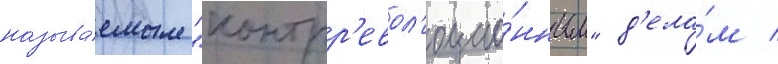
называ́емым "контрр'евол'юцио́нным" д'ела́м /